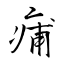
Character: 痡